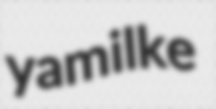
yamilke